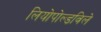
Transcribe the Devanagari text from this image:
लियोपोल्डविले